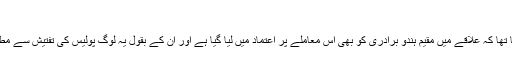
"
ان کا کہنا تھا کہ علاقے میں مقیم ہندو برادری کو بھی اس معاملے پر اعتماد میں لیا گیا ہے اور ان کے بقول یہ لوگ پولیس کی تفتیش سے مطمیئن ہیں۔